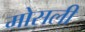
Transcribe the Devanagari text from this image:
मोसली